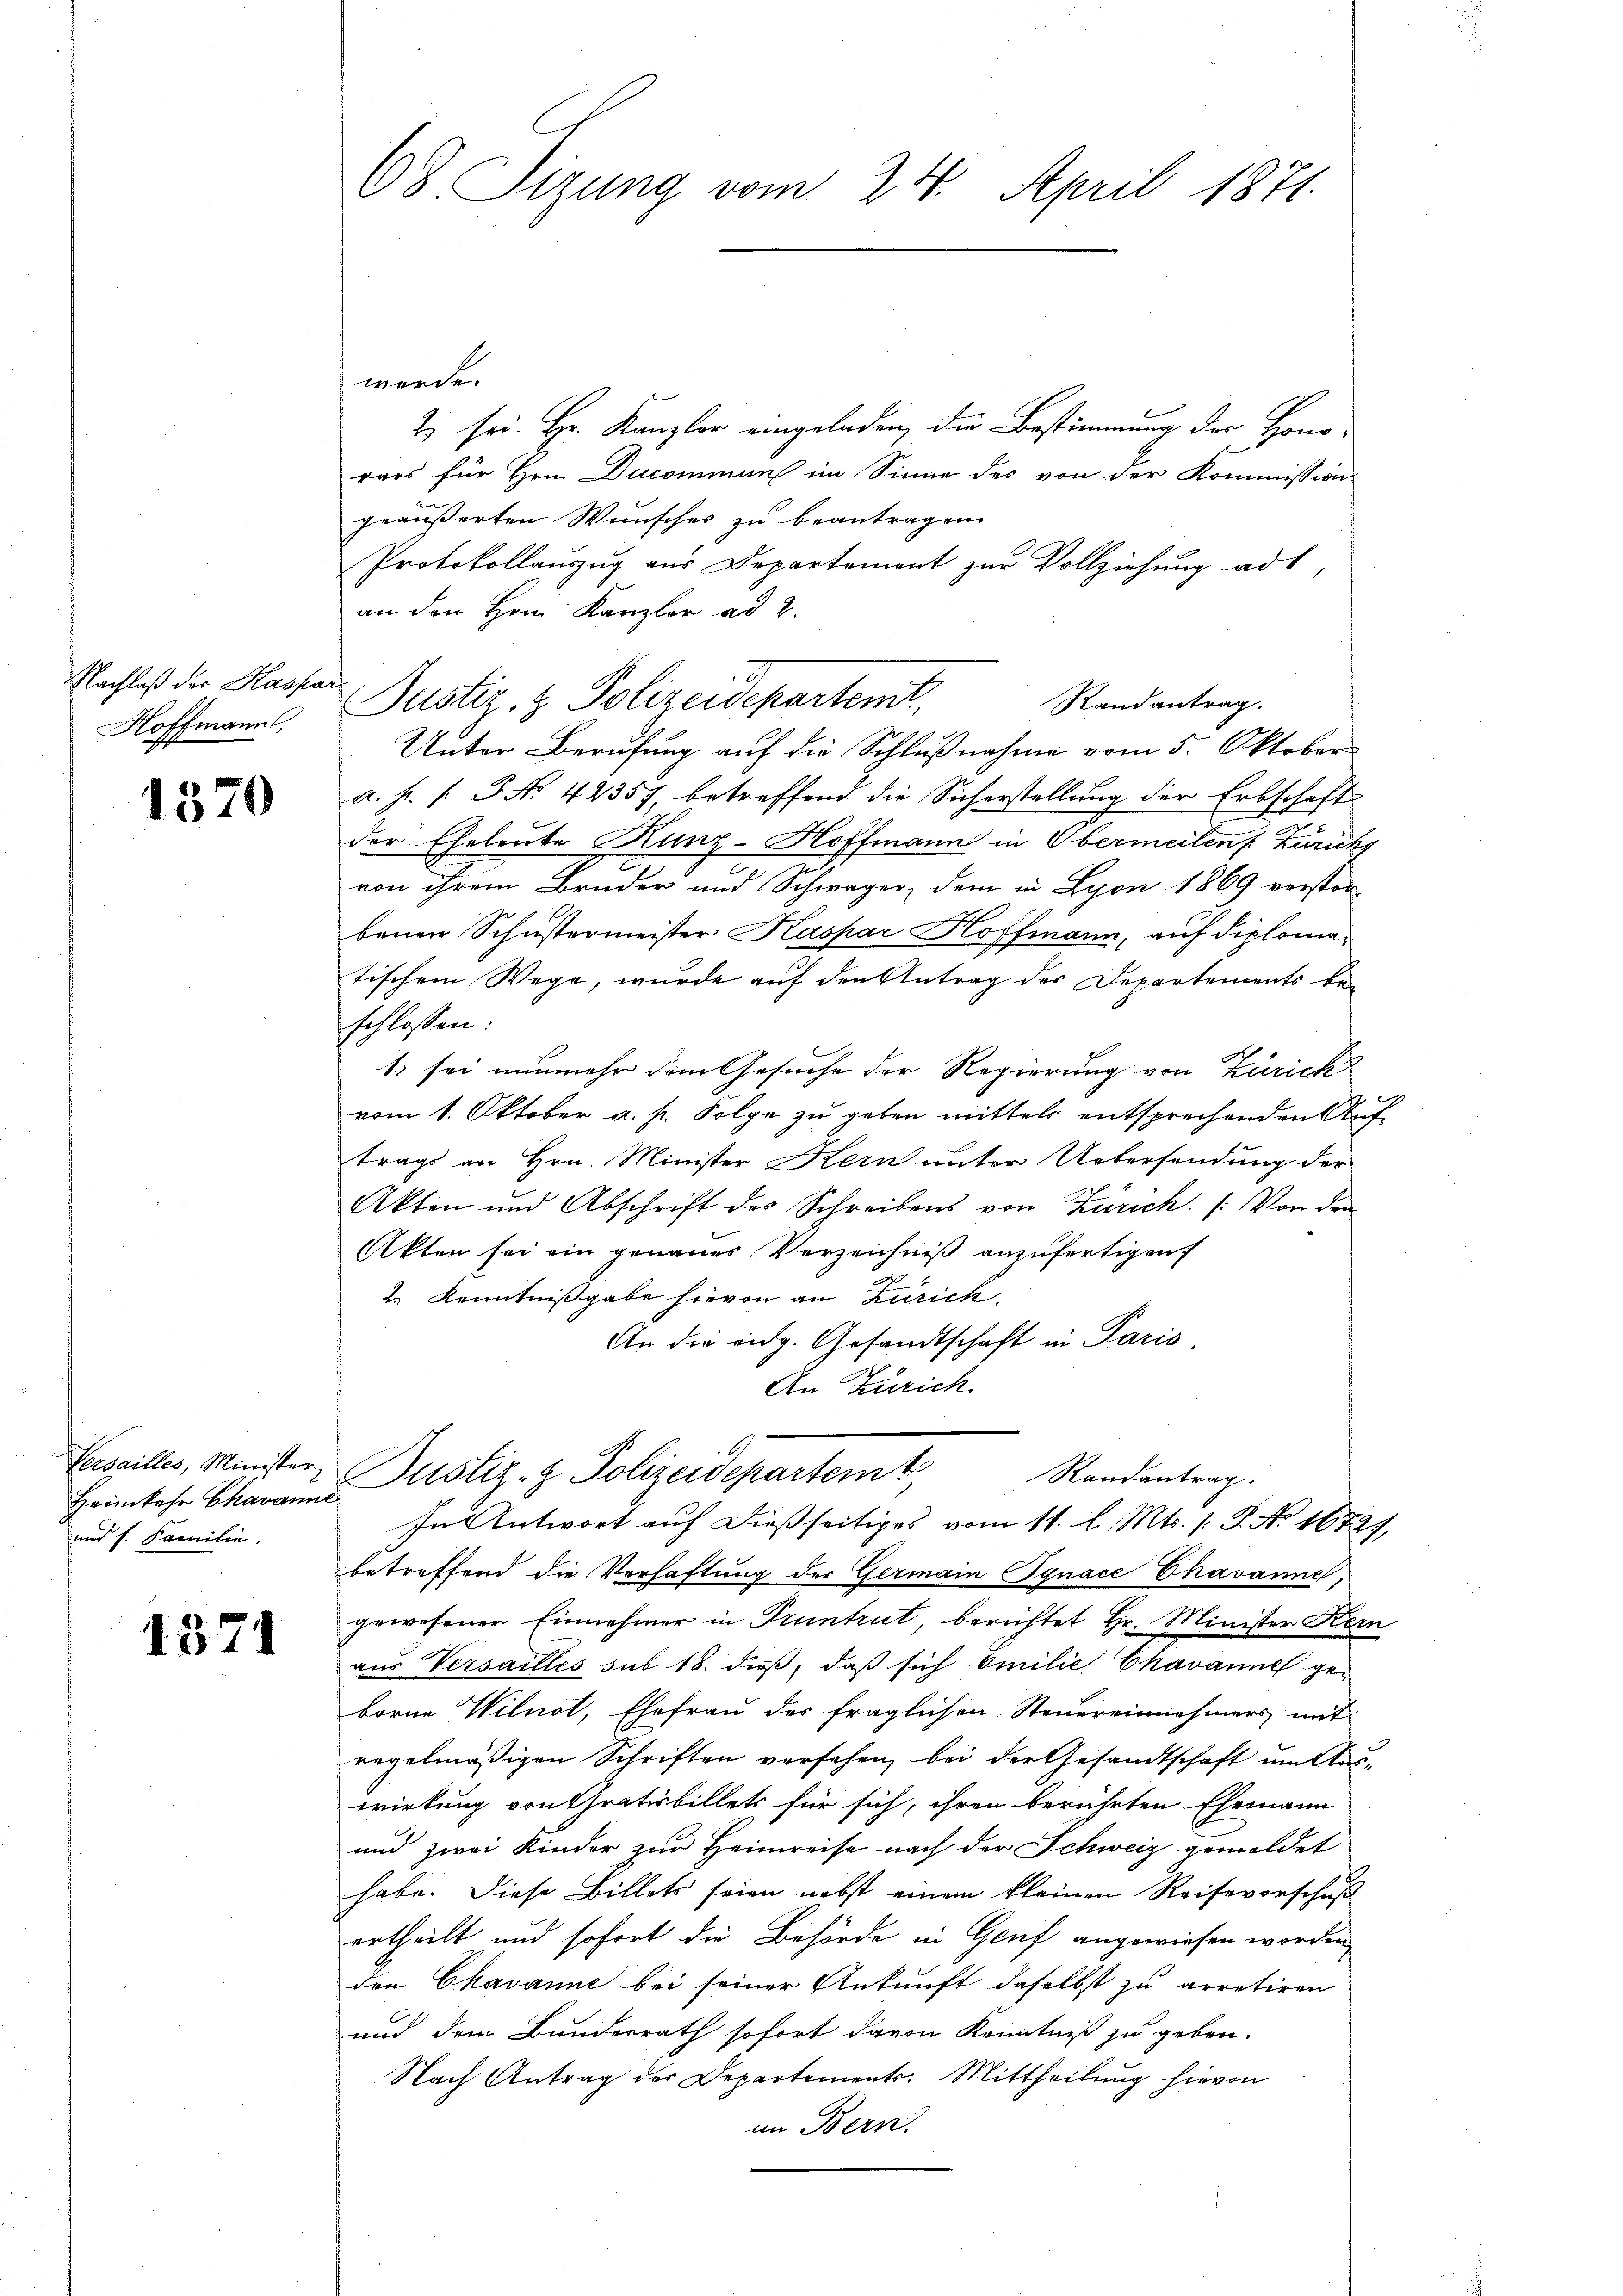
Nachlaß der Haspar
Hoffmann,

1370

Heimkehr Chavanne
und s. Familie.

1371

werde.
2) sei. Hr. Kanzler eingeladen, die Bestimmung der Hono-
rars für Hrn. Ducommen im Sinne des von der Kommission
geäußerten Wunsches zu beantragen.
Protokollauszug aus Departemont zur Vollziehung ad 1,
an den Hrn. Kanzler ad 2.
Unter Berufung auf die Schlußnahme vom 5. Oktober
a. h. /: P. Nr. 42357, betreffend die Sicherstellung der Erbschaft
der Eheleute Kunz-Hoffmann in Obermeilen Zürich
von ihrem Bruder und Schwager, dem in Lyon 1869 verstör
benen Schustermeister: Kaspar Hoffmann, auf diplomatischem Wege, wurde auf den Antrag des Departements beschlossen:
1) sei nunmehr dem Gesuche der Regierung von Zürich
vom 1. Oktober a. p. Folge zu geben mittels entsprechenden Auftrags an Hrn. Minister Kern unter Untersendung der
Akten und Abschrift des Schreibens von Zürich. (: Von den
Akten sei ein genaues Verzeichniβ anzufertigen
2 Kenntnißgabe hievon an Zürich
An die eidg. Gesandtschaft in Paris,
An Zürich.
Verseilles, Minister Justiz- & Polizeidepartem Randantrag.
In Antwort auf dießseitiges vom 11. l. Mts. 1. P. Nr. 16727,
betreffend die Verhaftung der Germain Ignace Chavanne,
gewesener Einnehmer in Pruntrut, berichtet Hr. Minister Kern
aus Versailles sub 18. dieβ, daß sich milie Chavanne geborne Wilnot, Ehefrau der fraglichen Steuereinnehmers mit
regelmäßigen Schriften versehen, bei der Gesandtschaft um Auswirkung von Gratisbillets für sich, ihren berührten Ehemann
und zwei Kinder zur Heimreise nach der Schweiz gemeldet
habe. Diese Billets seien nebst einem kleinen Reisevorschuß
ertheilt und sofort die Behörde in Genf angewiesen worden
den Ckavanne bei seiner Ankunft daselbst zu arretiren
und dem Bunderrath sofort davon Kenntniß zu geben.
Nach Antrag der Departements. Mittheilung hievon
an Bern.

68 Sizung vom 24. April 1871.

Justiz- & Polizeidepartemt,

Randantrag.